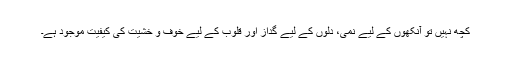
کچھ نہیں تو آنکھوں کے لیے نمی، دلوں کے لیے گداز اور قلوب کے لیے خوف و خشیت کی کیفیت موجود ہے۔